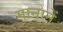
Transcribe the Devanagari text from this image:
मानानें